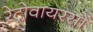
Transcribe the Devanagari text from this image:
रेट्रोवायरसों